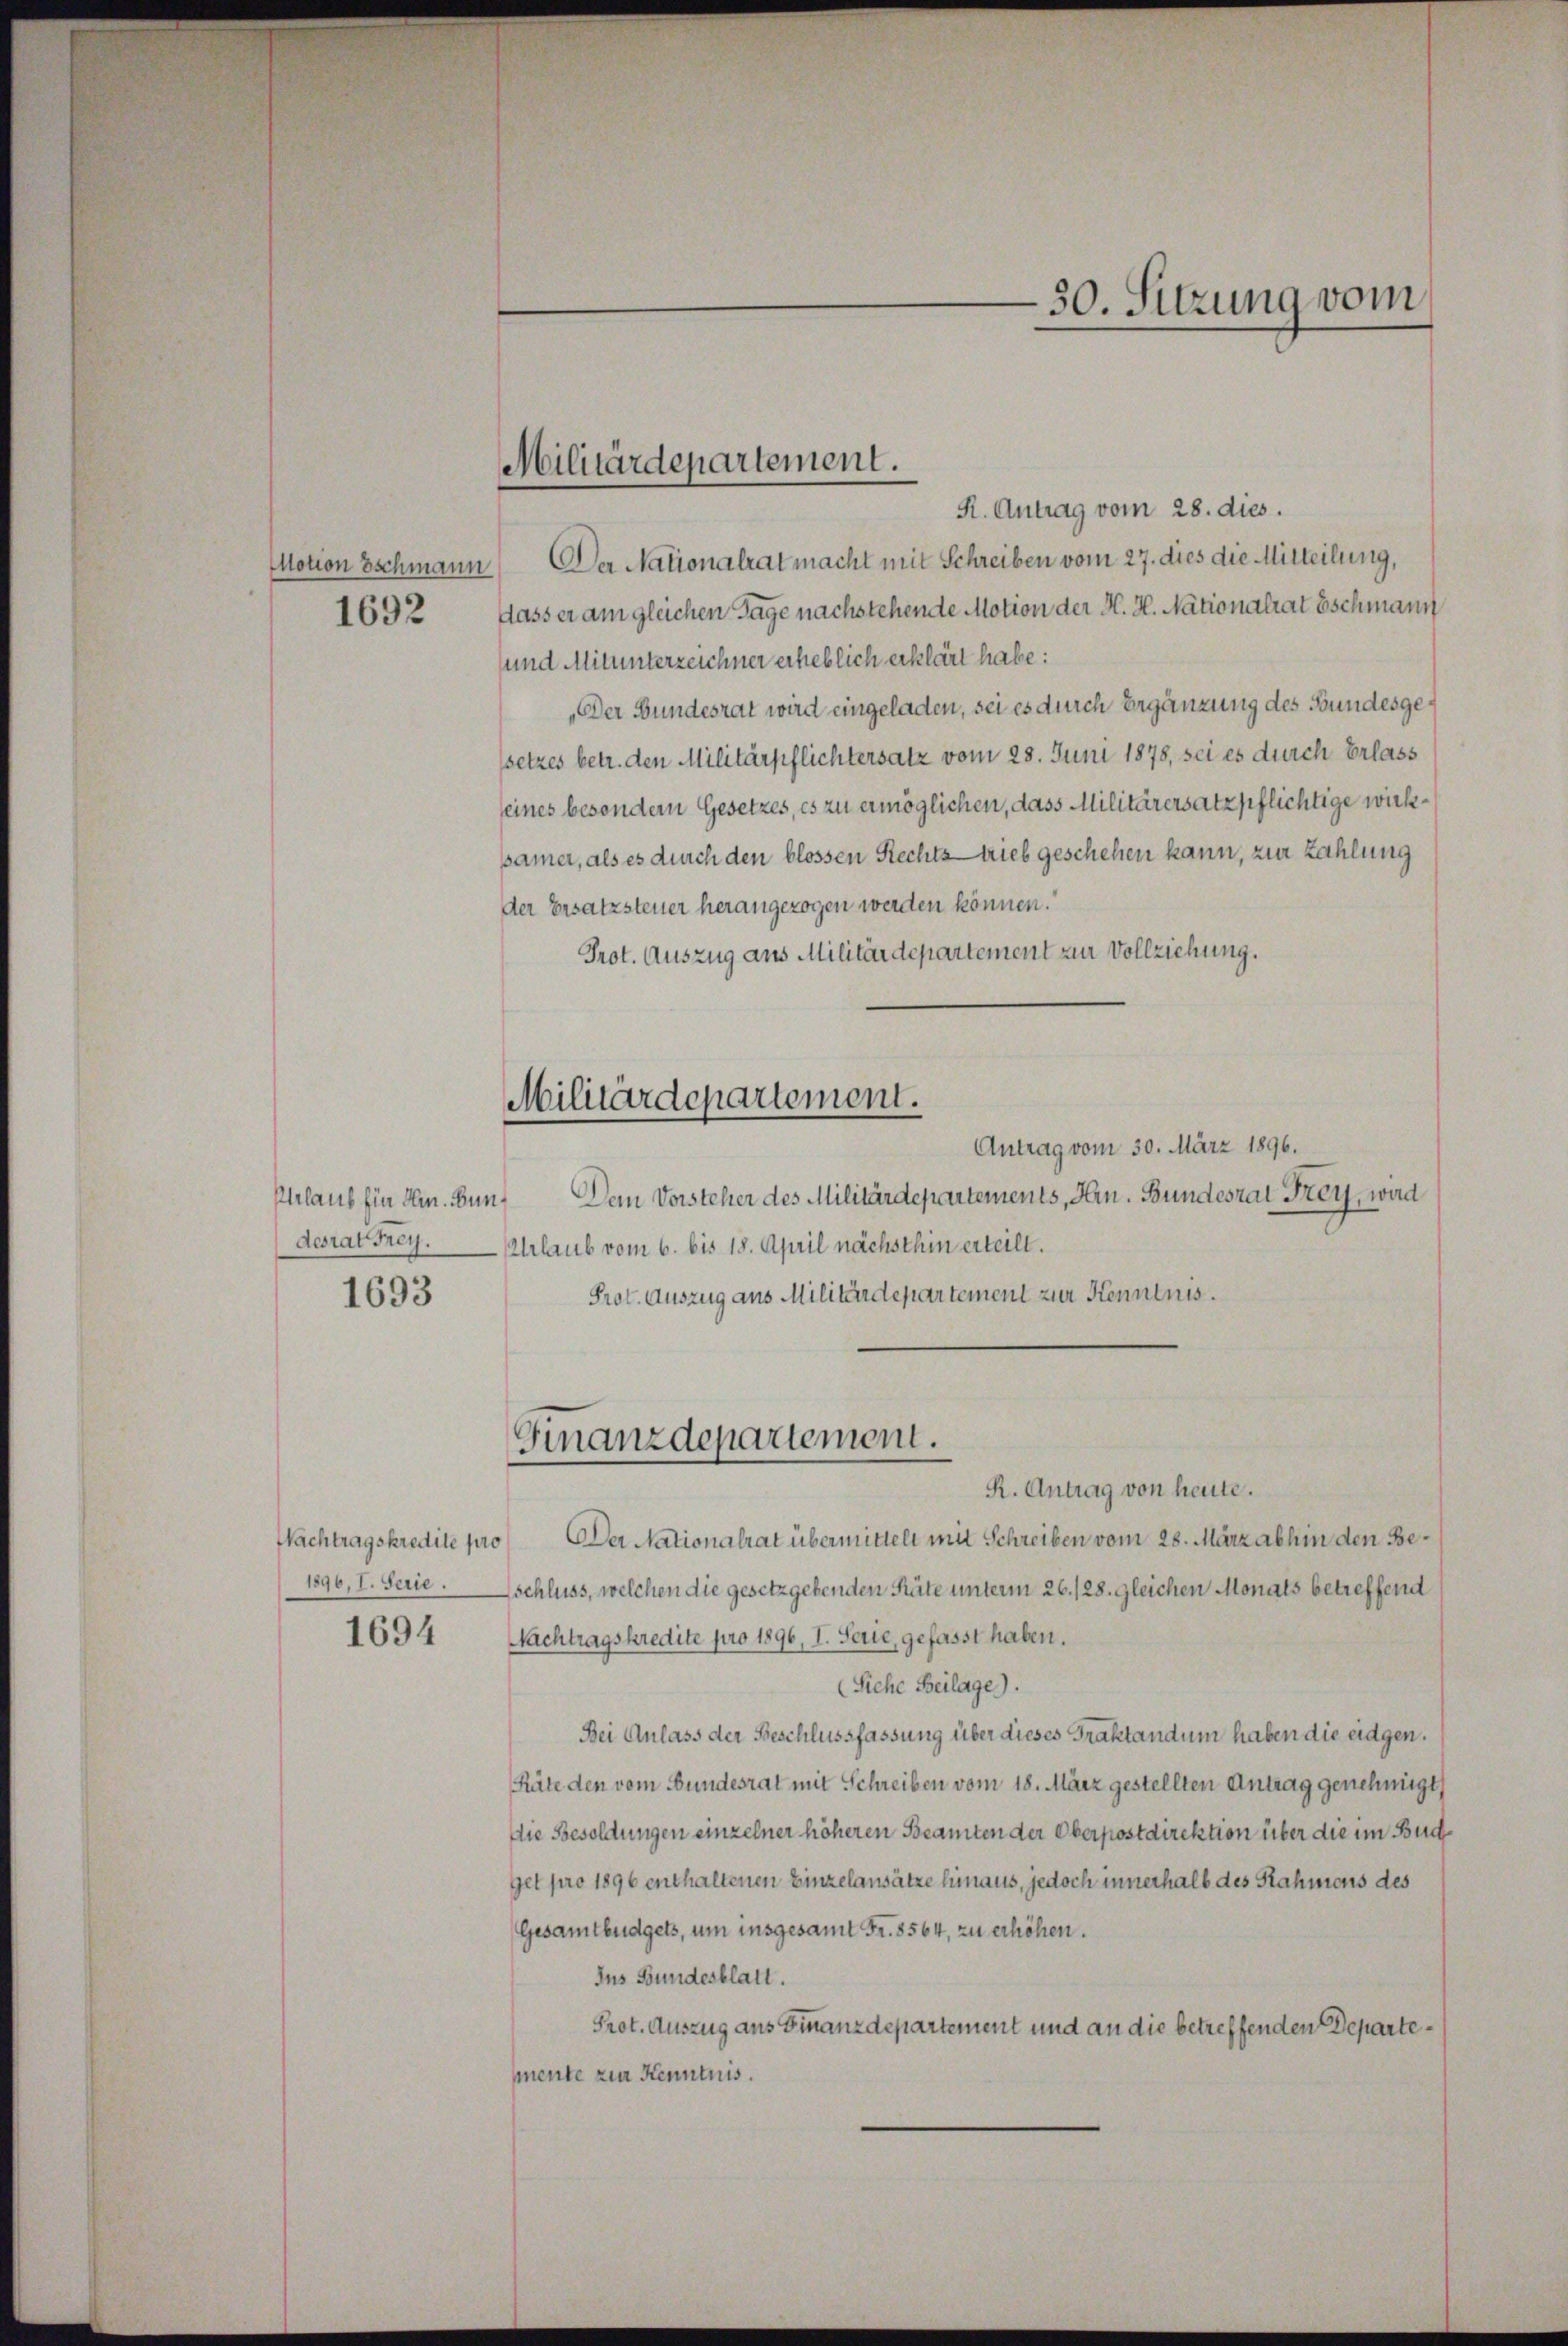
1692

desrat Frey.

1693

1890, I. Serie.
1694

Militärdepartement.

R. Antrag vom 28. dies.
Motion Eschmann, Der Nationalrat macht mit Schreiben vom 27. dies die Mitteilung,
dass er am gleichen Tage nachstehende Motion der H. H. Nationalrat Eschmann
und Mitunterzeichner erheblich erklärt habe:
„Der Bundesrat wird eingeladen, sei es durch Ergänzung des Bundesgessetzes betr. den Militärpflichtersatz vom 28. Juni 1878, sei es durch Erlass
seines besondern Gesetzes, es zu ermöglichen, dass Militärersatzpflichtige wirksamer, als es durch den blossen Rechtstrieb geschehen kann, zur Zahlung
der Ersatzsteuer herangezogen werden können.
Prot. Auszug aus Militärdepartement zur Vollziehung.
Antrag vom 30. März 1896.
Plelaus für Hrn. Bun¬ Dem Vorsteher des Militärdepartements, Hrn. Bundesrat Frey, wird
Urlaub vom 6. bis 18. April nächsthin erteilt.
Prot. Auszug aus Militärdepartement zur Kenntnis.
Finanzdepartement.
R. Antrag von heute.
Nachtragskredite pro Der Nationalrat übermittelt mit Schreiben vom 28. März abhin den Beschluss, welchen die gesetzgebenden Räte unterm 26. 128. gleichen Monats betreffend
Nachtragskredite pro 1896, I. Serie, gefasst haben.
(Siehe Beilage).
Bei Anlass der Beschlussfassung über dieses Traktandum haben die eidgen.
Räte den vom Bundesrat mit Schreiben vom 18. März gestellten Antrag genehmigt
Die Besoldungen einzelner höheren Beamten der Oberpostdirektion über die im Bud¬
Get pro 1896 enthaltenen Einzelansätze hinaus, jedoch innerhalb des Rahmens des
Gesamtbüdgets, um insgesamt Fr. 8564, zu erhöhen.
Ins Bundesblatt.
Prot. Auszug aus Finanzdepartement und an die betreffenden Departemente zur Kenntnis.

Militärdepartement.

30. Sitzung vom